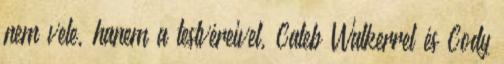
nem vele, hanem a testvéreivel, Caleb Walkerrel és Cody